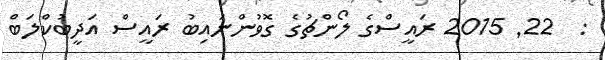
:  22